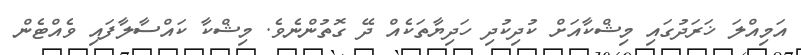
އަމިއްލަ ޚަރަދުގައި މިޝްކާއަށް ކުދިކުދި ހަދިޔާތަކެއް ދޭ ގޮތުންނެވެ. މިޝްކާ ކައްސާލާފައި ވެއްޓެން